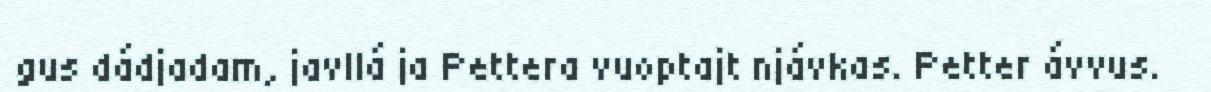
gus dádjadam, javllá ja Pettera vuoptajt njávkas. Petter ávvus.